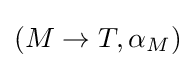
(M\to T,\alpha _{M})